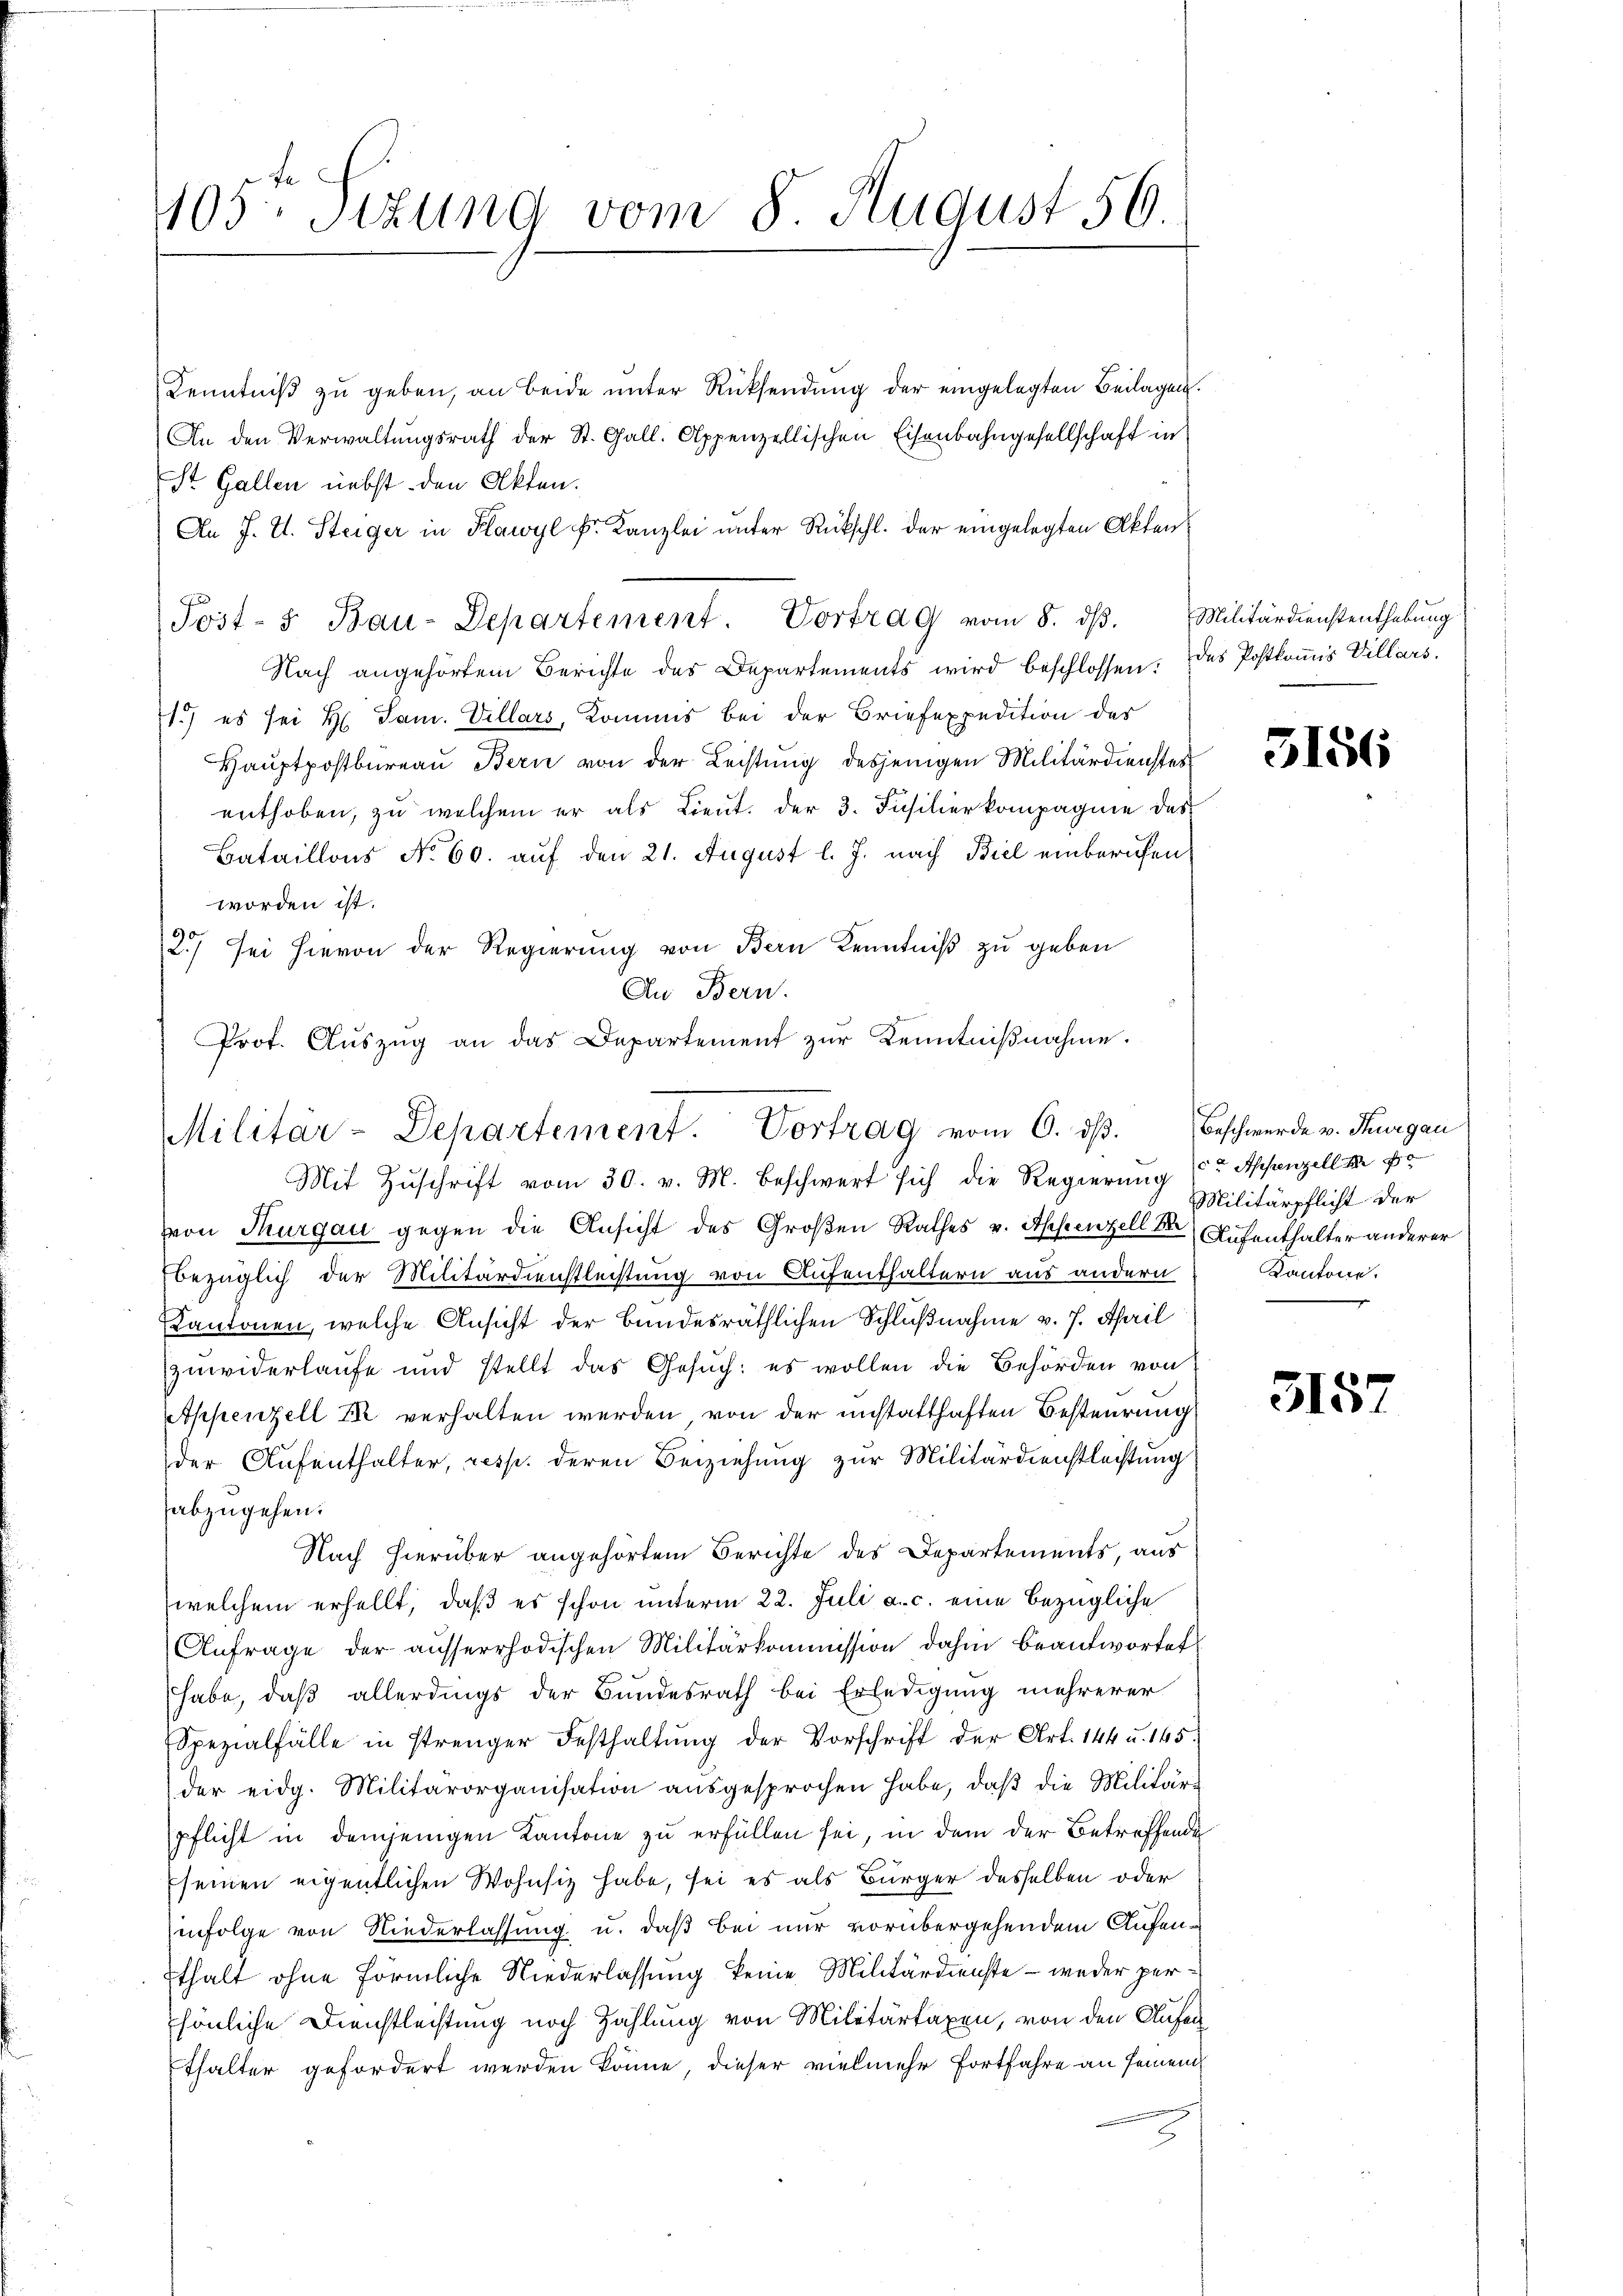
405. Sitzung vom 8. August 56.

Kenntniß zu geben, an beide unter Rücksendung der eingelegten Beilagen.
An den Verwaltungsrath der St. Gall. Appenzellischen Eisenbahngesellschaft in
St. Gallen nebst den Akten.
An J. L. Steiger in Flawyl k. Kanzlei unter Rückschl. der eingelegten Akten¬
Nach angehörtem Berichte des Departements wird beschlossen. Das Postkomis Villars,
1.) es sei H. Sam. Villars, Kommis bei der Briefexpedition des
Hauptpostbureau Bern von der Leistung desjenigen Militärdienstes
enthoben, zu welchem er als Lieut. der 3. Füsilier kompagnie das
Bataillons No 60. auf den 21. August l. J. nach Biel einberufen
worden ist.
2.) Sei hievon der Regierung von Bern Kenntniß zu geben
An Bern.
Prot. Aŭszŭg an das Departement zŭr Kenntniβnahme.

Post-5 Bau-Departement. Vortrag vom 8. dβ. Militärdienstenthebŭng

Militär-Departement. Vortrag vom 6. dβ.
Mit Zuschrift vom 30. v. M. beschwert sich die Regierung

von Thurgau gegen die Ansicht des Großen Rathes v. Appenzell Dr. Aufenthalter anderer
bezüglich der Militärdienstleistung von Aufenthaltern aus andern
Kantonen, welche Ansicht der Bundesräthlichen Schlußnahme v. 7. April
Zuwiderlaufe und stellt das Gesuch: es wollen die Behörden von
Appenzell Er verhalten werden, von der unstatthaften Besteurung
der Aufenthalter, resp. deren Beiziehung zur Militärdienstleistung
abzugehen.
Nach hierüber angehörtem Berichte des Departements, aus
welchem erhellt, daß es schon unterm 22. Juli a. c. eine bezügliche
Anfrage der aŭsserrhodischen Militärkommission dahin beantwortet
habe, daß allerdings der Bundesrath bei Erledigung mehrerer
Spezialfälle in strenger Festhaltŭng der Vorschrift der Art. 144 u. 165.
der eidg. Militärorganisation aŭsgesprochen habe, daβ die Militär-
pflicht in demjenigen Kantone zu erfüllen sei, in dem der Betreffende
Eseinen eigentlichen Wohnsiz habe, sei es als Bürger desselben oder
infolge von Niederlassung u. daß bei nur vorübergehendem Aufenthalt ohne förmliche Niederlassung keine Militärdienste - weder persönliche Dienstleistung noch Zahlung von Militärtaxen, von den Anfan
Ethalter gefordert werden könne, dieser vielmehr fortfahre an seinem

3156

Beschwerde v. Thurgau
ce Appenzell der
Militärpflicht der
Kantone.
.

315.